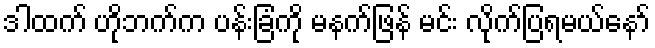
ဒါထက် ဟိုဘက်က ပန်းခြံကို မနက်ဖြန် မင်း လိုက်ပြရမယ်နော်